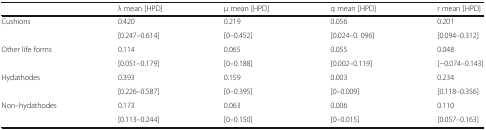
|  | λ mean [HPD] | μ mean [HPD] | q mean [HPD] | r mean [HPD] |
 | --- | --- | --- | --- | --- |
 | <ROWSPAN=2> Cushions | 0.420 | 0.219 | 0.056 | 0.201 |
 | [0.247–0.614] | [0–0.452] | [0.024–0. 096] | [0.094–0.312] |
 | <ROWSPAN=2> Other life forms | 0.114 | 0.065 | 0.055 | 0.048 |
 | [0.051–0.179] | [0–0.188] | [0.002–0.119] | [−0.074–0.143] |
 | <ROWSPAN=2> Hydathodes | 0.393 | 0.159 | 0.003 | 0.234 |
 | [0.226–0.587] | [0–0.395] | [0–0.009] | [0.118–0.356] |
 | <ROWSPAN=2> Non–hydathodes | 0.173 | 0.063 | 0.006 | 0.110 |
 | [0.113–0.244] | [0–0.150] | [0–0.015] | [0.057–0.163] |